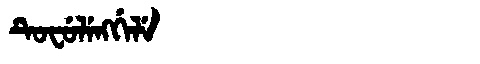
Manchu: ᡨᡠᠸᡠᠯᡝᠩᡤᡝᠯᡝ
Romanization: TUFULENGGELE